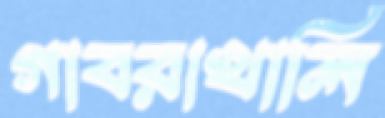
গাবরাখালি